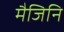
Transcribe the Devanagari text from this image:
मैजिनि